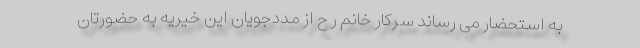
به استحضار می رساند سرکار خانم ر ح از مددجویان این خیریه به حضورتان